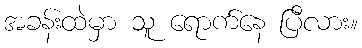
အခန်းထဲမှာ သူ ရောက်နေ ပြီလား။